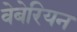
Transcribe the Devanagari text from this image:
वेबेरियन